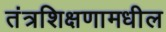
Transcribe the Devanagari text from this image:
तंत्रशिक्षणामधील